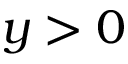
y > 0